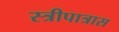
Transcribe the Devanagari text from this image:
स्त्रीपात्रास